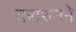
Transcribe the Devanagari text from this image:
तराशनने